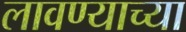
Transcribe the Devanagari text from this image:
लावण्‍याच्‍या